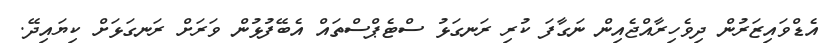
އެޑްވައިޒަރުން ދިވެހިރާއްޖެއިން ނަގާފަ ކުރި ރަނގަޅު ސްޓެޕްސްތައް އެބޭފުޅުން ވަރަށް ރަނގަޅަށް ކިޔައިދޭ.